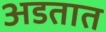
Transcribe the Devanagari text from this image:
अडतात